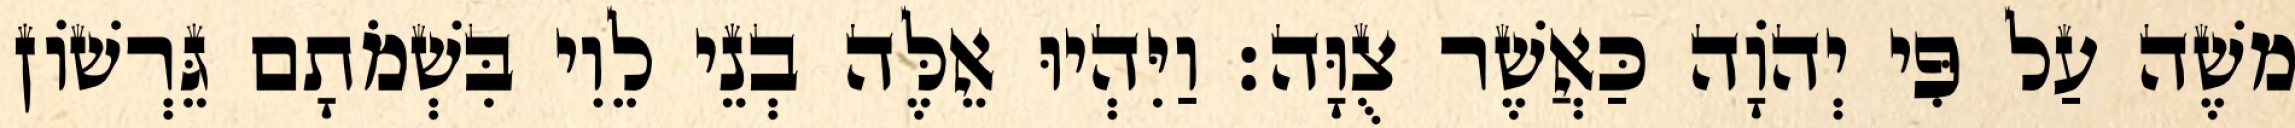
משֶׁה עַל פִּי יְהוָֹה כַּאֲשֶׁר צֻוָּה׃ וַיִּהְיוּ אֵלֶּה בְנֵי לֵוִי בִּשְׁמֹתָם גֵּרְשׁוֹן